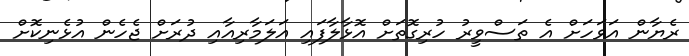
ރެޔާން އަވަހަށް އެ ތަސްވީރު ހުރިގޮތަށް އޮޅާލާފައި އަލަމާރިއާއި ދުރަށް ޖެހެން އުޅެނިކޮށް